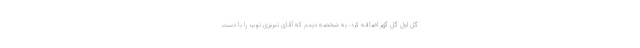
گل اول گل گهر اضافه کرد: به شخصه دیدم که آقای تبریزی توپ را با دست